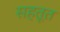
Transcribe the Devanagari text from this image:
सहतूत